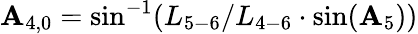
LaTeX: {\mathbf{A}_{4,0}}=\sin^{-1}({L_{5-6}}/{L_{4-6}}\cdot\sin({\mathbf{A}_{5}}))